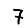
Digit: 7